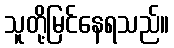
သူတို့မြင်နေရသည်။